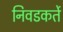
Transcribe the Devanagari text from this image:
निवडकर्ते